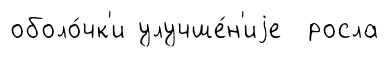
оболо́чк'и улучше́н'иjе росла